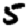
Digit: 5